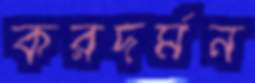
করদর্মন